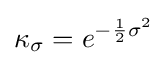
\kappa _{\sigma }=e^{-{\frac {1}{2}}\sigma ^{2}}